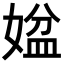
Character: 𡟆